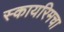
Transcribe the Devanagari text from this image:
स्कायरिमचा